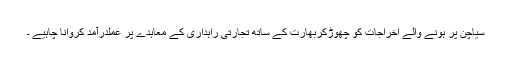
سیاچن پر ہونے والے اخراجات کو چھوڑکربھارت کے ساتھ تجارتی راہداری کے معاہدے پر عملدرآمد کروانا چاہیے ۔